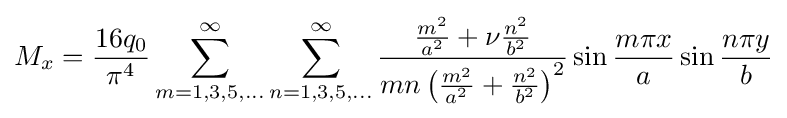
M_{x}={\frac {16q_{0}}{\pi ^{4}}}\sum _{m=1,3,5,...}^{\infty }\sum _{n=1,3,5,...}^{\infty }{\frac {{\frac {m^{2}}{a^{2}}}+\nu {\frac {n^{2}}{b^{2}}}}{mn\left({\frac {m^{2}}{a^{2}}}+{\frac {n^{2}}{b^{2}}}\right)^{2}}}\sin {\frac {m\pi x}{a}}\sin {\frac {n\pi y}{b}}